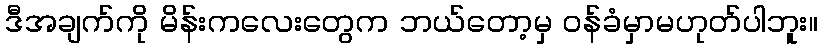
ဒီအချက်ကို မိန်းကလေးတွေက ဘယ်တော့မှ ဝန်ခံမှာမဟုတ်ပါဘူး။